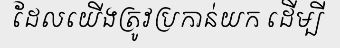
ដែលយើងត្រូវប្រកាន់យក ដើម្បី